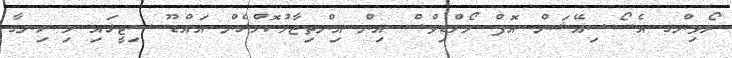
ރޯވިންގ އެސޯސިއޭޝަން އޮފް މޯލްޑިވްސް އިން އިންތިޒާމުކޮށްގެން އައްޑޫ ސިޓީގައި މި ހިނގާ